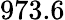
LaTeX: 973.6